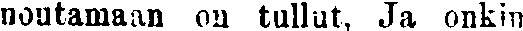
noutamaan on tullut, Ja onkin